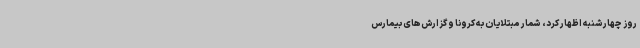
روز چهارشنبه اظهار کرد، شمار مبتلایان به کرونا و گزارش‌های بیمارس